Annual report of the Punjab Veterinary College and of the Civil Veterinary Department, Punjab - 1920-1925
Year: 1920
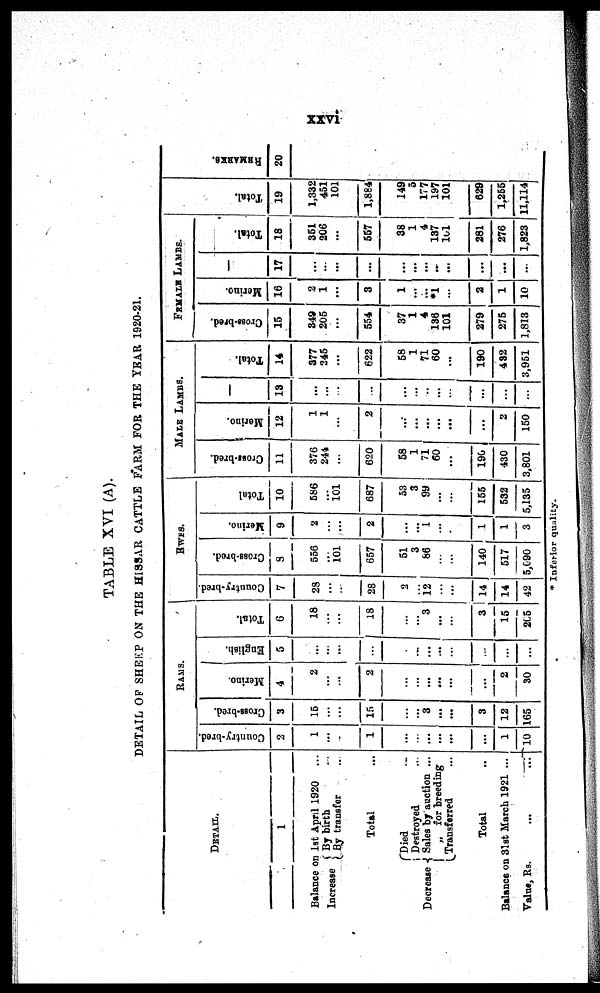
xxvi
TABLE XVI (A).
DETAIL OF SHEEP O N THE HISSAR CATTLE FARM F O R THE YEAR 1920-21.
DETAIL.
1
Bal ance on 1st April 1920 ...
Increase By birth ...
By transfer ...
Total ...
Decrease
Di ed ...
Dest royed ...
Sales by auction ...
„ for breeding
Transferred ...
Total ...
Balance on 31st March 1921 ...
Value, Rs.
...
...
RAMS.
Country-bred.
2
1
...
...
1
...
...
...
...
...
...
1
10
Cross-bred.
3
15
...
...
15
...
...
3
...
...
3
12
165
Merino.
4
2
...
...
2
...
...
...
...
...
...
2
30
English.
5
...
...
...
...
...
...
...
...
...
...
...
...
Total.
6
18
...
...
18
...
...
3
...
...
3
15
265
EWES.
Country-bred.
7
28
...
...
28
2
...
12
...
...
14
14
42
Cross-bred.
8
556
...
101
657
51
3
86
...
...
140
517
5, 090
Merino.
9
2
...
...
2
...
...
1
...
...
1
1
3
Total
10
586
...
101
687
53
3
99
...
...
155
532
5, 135
MALE LAMES.
Cross-bred.
11
376
244
...
620
58
1
71
60
...
190
430
3, 801
Merino.
12
1
1
...
2
...
...
...
...
...
...
2
150
13
...
...
...
...
...
...
...
...
...
...
...
...
Total.
14
377
245
...
622
58
1
71
60
...
190
432
3,951
FEMALE LAMBS.
Cross-bred.
15
349
205
...
554
37
1
4
136
101
279
275
1, 813
Merino.
16
2
1
...
3
1
...
...
*1
...
2
1
10
17
...
...
...
...
...
...
...
.....
...
...
...
...
Total.
18
351
206
...
557
38
1
4
137
101
281
276
1, 823
Total.
19
1, 332
451
101
1, 884
149
5
177
197
101
629
1, 255
11, 114
REMARKS.
20
* Inferior quality.